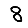
Digit: 8